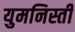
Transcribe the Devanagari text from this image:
युमनिस्ती